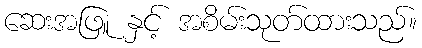
ဆေးအဖြူ နှင့် အစိမ်းသုတ်ထားသည်။